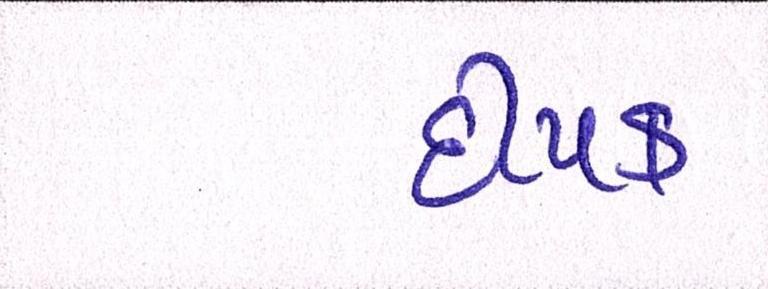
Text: દીપક